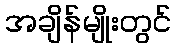
အချိန်မျိုးတွင်